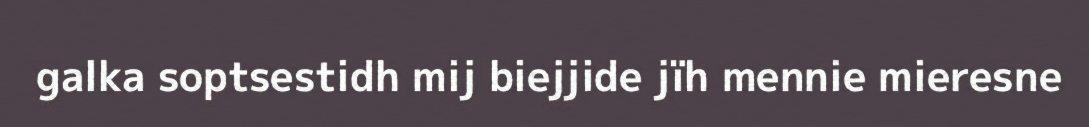
galka soptsestidh mij biejjide jïh mennie mieresne